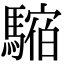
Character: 𩥥